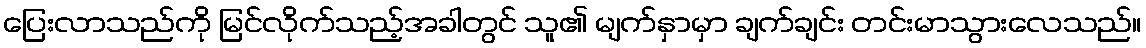
ပြေးလာသည်ကို မြင်လိုက်သည့်အခါတွင် သူ၏ မျက်နှာမှာ ချက်ချင်း တင်းမာသွားလေသည်။